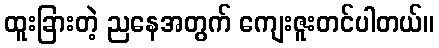
ထူးခြားတဲ့ ညနေအတွက် ကျေးဇူးတင်ပါတယ်။